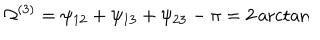
\Omega ^ { ( 3 ) } = \psi _ { 1 2 } + \psi _ { 1 3 } + \psi _ { 2 3 } - \pi = 2 \operatorname { a r c t a n }